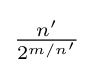
{\tfrac {n'}{2^{m/n'}}}